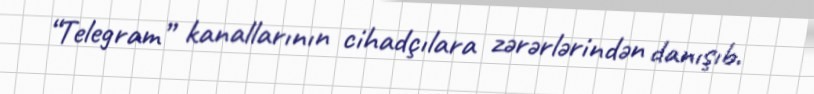
“Telegram” kanallarının cihadçılara zərərlərindən danışıb.